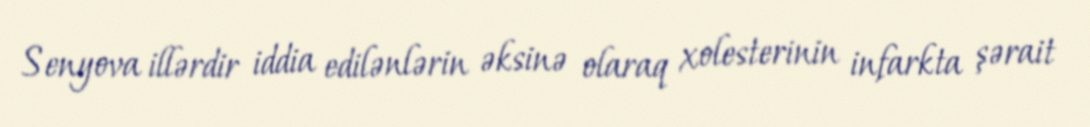
Senyova illərdir iddia edilənlərin əksinə olaraq xolesterinin infarkta şərait